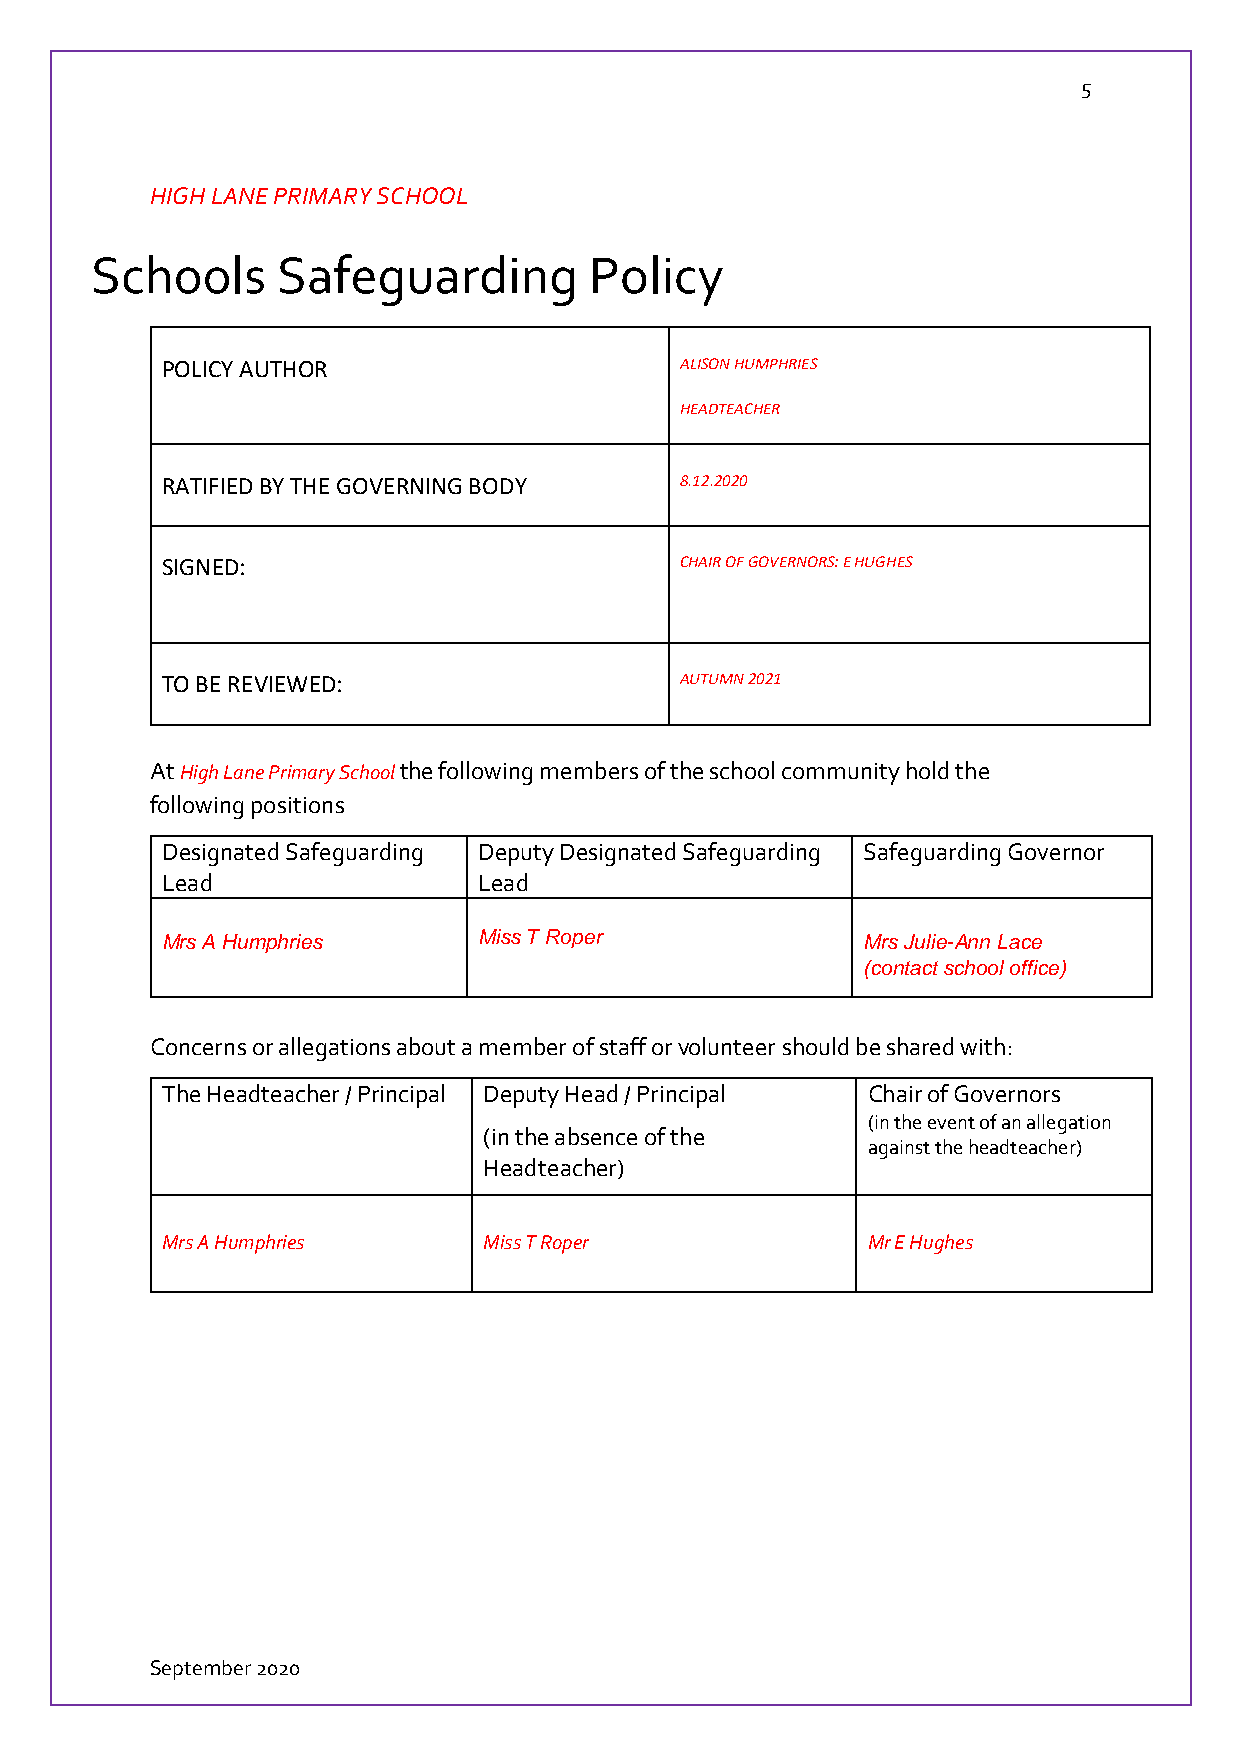
5
 HIGH LANE PRIMARY SCHOOL
 Schools     Safeguarding         Policy
 POLICY AUTHOR                     ALISON HUMPHRIES
 HEADTEACHER
 RATIFIED BY THE GOVERNING BODY    8.12.2020
 SIGNED:                           CHAIR OF GOVERNORS: E HUGHES
 TO BE REVIEWED:                   AUTUMN 2021
 At High Lane Primary School the following members of the school community hold the
 following positions
 Designated Safeguarding Deputy Designated Safeguarding Safeguarding Governor
 Lead                 Lead
 Mrs A Humphries      Miss T Roper             Mrs Julie-Ann Lace
 (contact school office)
 Concerns or allegations about a member of staff or volunteer should be shared with:
 The Headteacher / Principal Deputy Head / Principal Chair of Governors
 (in the event of an allegation
 (in the absence of the
 against the headteacher)
 Headteacher)
 Mrs A Humphries      Miss T Roper             Mr E Hughes
 September 2020